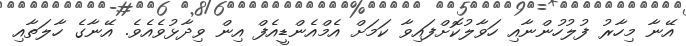
އޭނާ މިހާރު ފުލުހުންނާއި ހަވާލުކޮށްފައިވާ ކަމަށް އެމްއެންޑީއެފް އިން ވިދާޅުވެއެވެ. އޭނާގެ ހާލަތާއި